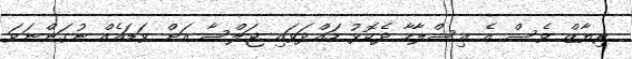
ރިޔާޒް ވެސް އެ އިސްލާހާ ދެކޮޅު ހައްދަވައި ޖަލްސާ އަށް ވަޑައެއް ނުގަންނަވަ